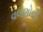
વલણોની